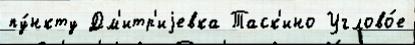
пу́нкту Дм'итр'иjевка Таск'ино Углово́е